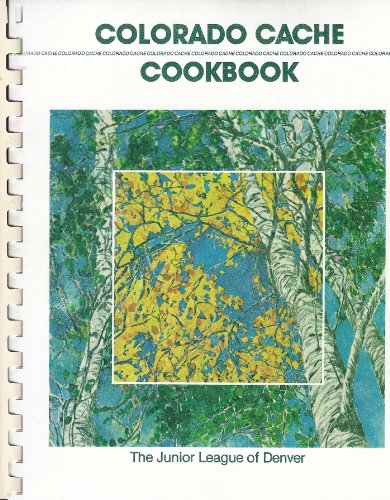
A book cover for Colorado Cache Cookbook: A Goldmine of Recipes from the Junior League of Denver; Junior League of Denver; Cookbooks, Food & Wine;